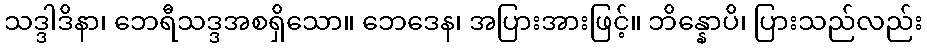
သဒ္ဒါဒိနာ၊ ဘေရီသဒ္ဒအစရှိသော။ ဘေဒေန၊ အပြားအားဖြင့်။ ဘိန္နောပိ၊ ပြားသည်လည်း